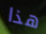
هذا